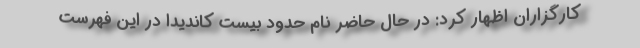
کارگزاران اظهار کرد: در حال حاضر نام حدود بیست کاندیدا در این فهرست